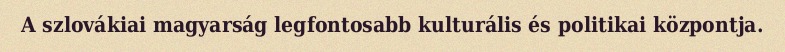
A szlovákiai magyarság legfontosabb kulturális és politikai központja.